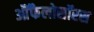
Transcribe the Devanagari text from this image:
आैंफैलोसॉरस